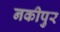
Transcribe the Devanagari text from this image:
नकीपुर